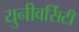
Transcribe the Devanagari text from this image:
युनीवर्सिटी